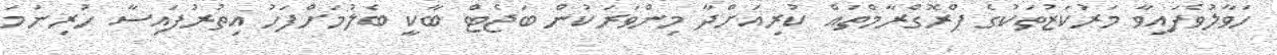
ހަވާލުވެފައިވާ މަރުކަޒުތަކުގެ ޕްރޮގްރާމްތައް ކުރިއަށްދާ މިންވަރަކުން ބަޖެޓް ބާކީ ބެލުމަށްފަހު އިތުރުފައިސާ ހުރިނަމަ